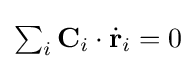
{\textstyle \sum _{i}\mathbf {C} _{i}\cdot {\dot {\mathbf {r} }}_{i}=0}